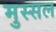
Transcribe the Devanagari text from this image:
मुस्सल